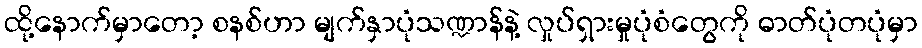
ထို့နောက်မှာတော့ စနစ်ဟာ မျက်နှာပုံသဏ္ဍာန်နဲ့ လှုပ်ရှားမှုပုံစံတွေကို ဓာတ်ပုံတပုံမှာ